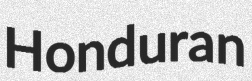
Honduran